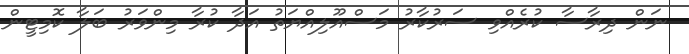
ނަން ދިރާސާ ކުރެއްވި ސަރުކާރު މަސްއޫލިއްޔަތު އަދާ ކުރާ މިންވަރު ބަލާ ކޮމިޓީން